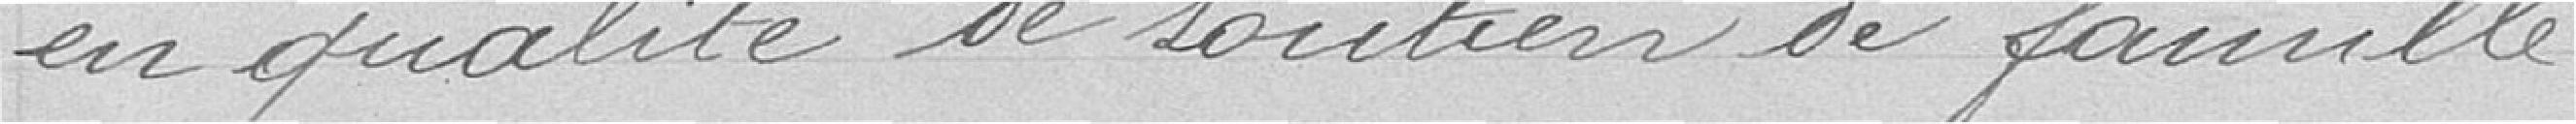
en qualité de soutien de famille.